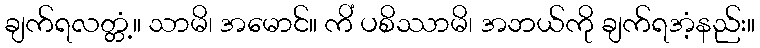
ချက်ရလတ္တံ့။ သာမိ၊ အမောင်။ ကိံ ပစိဿာမိ၊ အဘယ်ကို ချက်ရအံ့နည်း။